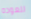
للعوده